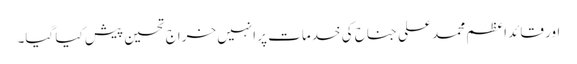
اور قائد اعظم محمد علی جناح کی خدمات پر انہیں خراجِ تحسین پیش کیا گیا۔